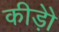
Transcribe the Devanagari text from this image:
कीड़ोे